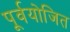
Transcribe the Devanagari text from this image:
पूर्वयोजित